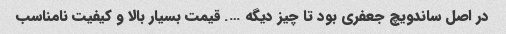
در اصل ساندویچ جعفری بود تا چیز دیگه …. قیمت بسیار بالا و کیفیت نامناسب